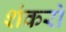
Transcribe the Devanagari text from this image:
शंकरो